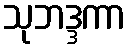
သုဘဒ္ဒကာ